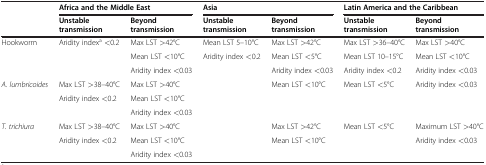
| <ROWSPAN=2>  | <COLSPAN=2> Africa and the Middle East | <COLSPAN=2> Asia | <COLSPAN=2> Latin America and the Caribbean |
 | Unstable transmission | Beyond transmission | Unstable transmission | Beyond transmission | Unstable transmission | Beyond transmission |
 | --- | --- | --- | --- | --- | --- | --- |
 | <ROWSPAN=3> Hookworm | <ROWSPAN=3> Aridity indexa <0.2 | Max LST >42°C | Mean LST 5–10°C | Max LST >42°C | Max LST >36–40°C | Max LST >40°C |
 | Mean LST <10°C | Aridity index <0.2 | Mean LST <5°C | Mean LST 10–15°C | Mean LST <10°C |
 | Aridity index <0.03 |  | Aridity index <0.03 | Aridity index <0.2 | Aridity index <0.03 |
 | <ROWSPAN=3> A. lumbricoides | Max LST >38–40°C | Max LST >40°C | <ROWSPAN=3>  | <ROWSPAN=3> Mean LST <10°C | <ROWSPAN=3> Mean LST <5°C | <ROWSPAN=3> Aridity index <0.03 |
 | Aridity index <0.2 | Mean LST <10°C |
 |  | Aridity index <0.03 |
 | T. trichiura | Max LST >38–40°C | Max LST >40°C |  | Max LST >42°C | Mean LST <5°C | Maximum LST >40°C |
 |  | Aridity index <0.2 | Mean LST <10°C |  | Mean LST <10°C |  | Aridity index <0.03 |
 |  |  | Aridity index <0.03 |  |  |  |  |